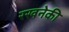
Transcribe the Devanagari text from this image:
रखनेकी